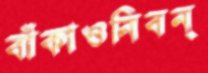
বাঁকাওনিবন্